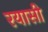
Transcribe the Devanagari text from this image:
रयासी